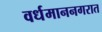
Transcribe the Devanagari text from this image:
वर्धमाननगरात